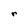
Character: r